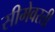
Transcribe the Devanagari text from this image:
सीमेवरती